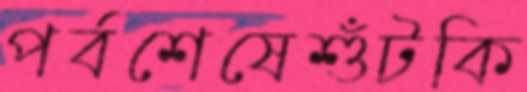
পর্বশেষেশুঁটকি